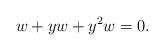
LaTeX: \begin{align*}w+yw+y^2w=0. \end{align*}